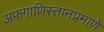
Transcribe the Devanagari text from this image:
अफगाणिस्तानप्रमाणे